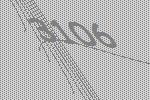
3106